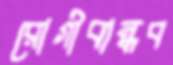
রোগীবান্ধব